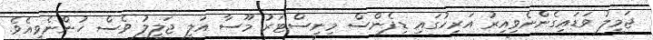
ޖަމީލު ވަޑައިގެންނެވިއިރު އަރިހުގައި ޑިފެންސް މިނިސްޓަރު މޫސާ އަލީ ޖަލީލު ވެސް ހުންނެވިއެވެ.